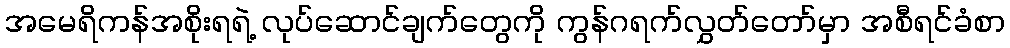
အမေရိကန်အစိုးရရဲ့ လုပ်ဆောင်ချက်တွေကို ကွန်ဂရက်လွှတ်တော်မှာ အစီရင်ခံစာ